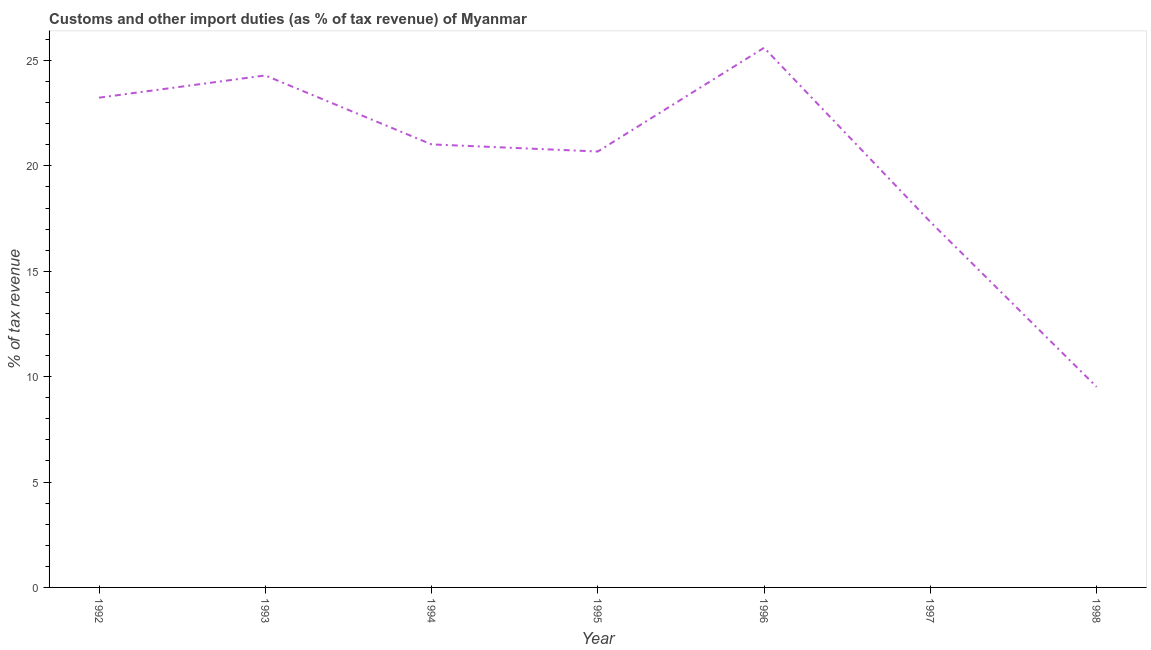
| Year | Customs and other import duties |
 | --- | --- |
 | 1992 | 23.2 |
 | 1993 | 24.3 |
 | 1994 | 21 |
 | 1995 | 20.7 |
 | 1996 | 25.6 |
 | 1997 | 17.3 |
 | 1998 | 9.51 |